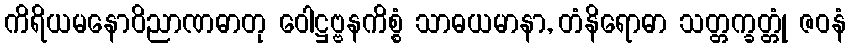
ကိရိယမနောဝိညာဏဓာတု ဝေါဋ္ဌဗ္ဗနကိစ္စံ သာဓယမာနာ, တံနိရောဓာ သတ္တက္ခတ္တုံ ဇဝနံ